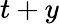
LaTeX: t+y